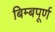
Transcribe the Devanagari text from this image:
बिम्बपूर्ण